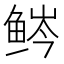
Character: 𬶒